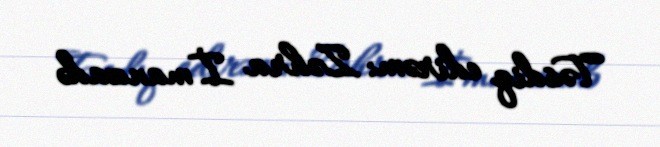
Təsdiq edirəm: Zəhra İmanzadə